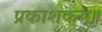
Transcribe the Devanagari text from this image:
प्रकाशकम्॥